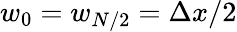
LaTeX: w_{0}=w_{N/2}=\Delta x/2